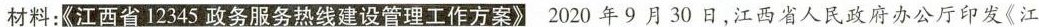
材料：《江西省12345政务服务热线建设管理工作方案》2020年9月30日，江西省人民政府办公厅印发《江